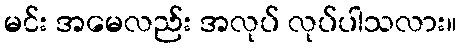
မင်း အမေလည်း အလုပ် လုပ်ပါသလား။